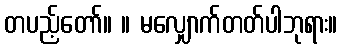
တပည့်တော်။ ။ မလျှောက်တတ်ပါဘုရား။